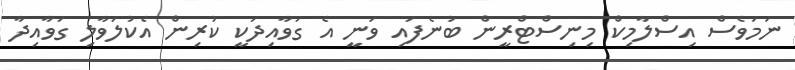
ނަމަވެސް އިސްލާމިކް މިނިސްޓްރީން ބުނެފައި ވަނީ އެ ގަވާއިދަކީ ކުރިން އެކުލަވާލި ގަވާއިދާ